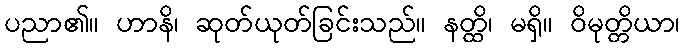
ပညာ၏။ ဟာနိ၊ ဆုတ်ယုတ်ခြင်းသည်။ နတ္ထိ၊ မရှိ။ ဝိမုတ္တိယာ၊